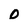
Character: O